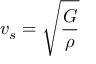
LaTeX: v _ { s } = { \sqrt { \frac { G } { \rho } } }